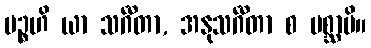
ပဉ္စဟိ ယာ သင်္ဂီတာ, အနုသင်္ဂီတာ စ ပစ္ဆာပိ။